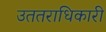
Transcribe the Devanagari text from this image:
उततराधिकारी